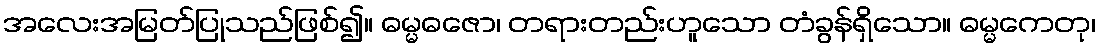
အလေးအမြတ်ပြုသည်ဖြစ်၍။ ဓမ္မဓဇော၊ တရားတည်းဟူသော တံခွန်ရှိသော။ ဓမ္မကေတု၊